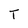
Character: T